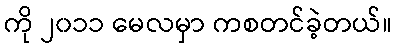
ကို ၂၀၁၁ မေလမှာ ကစတင်ခဲ့တယ်။